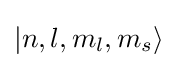
|n,l,m_{l},m_{s}\rangle